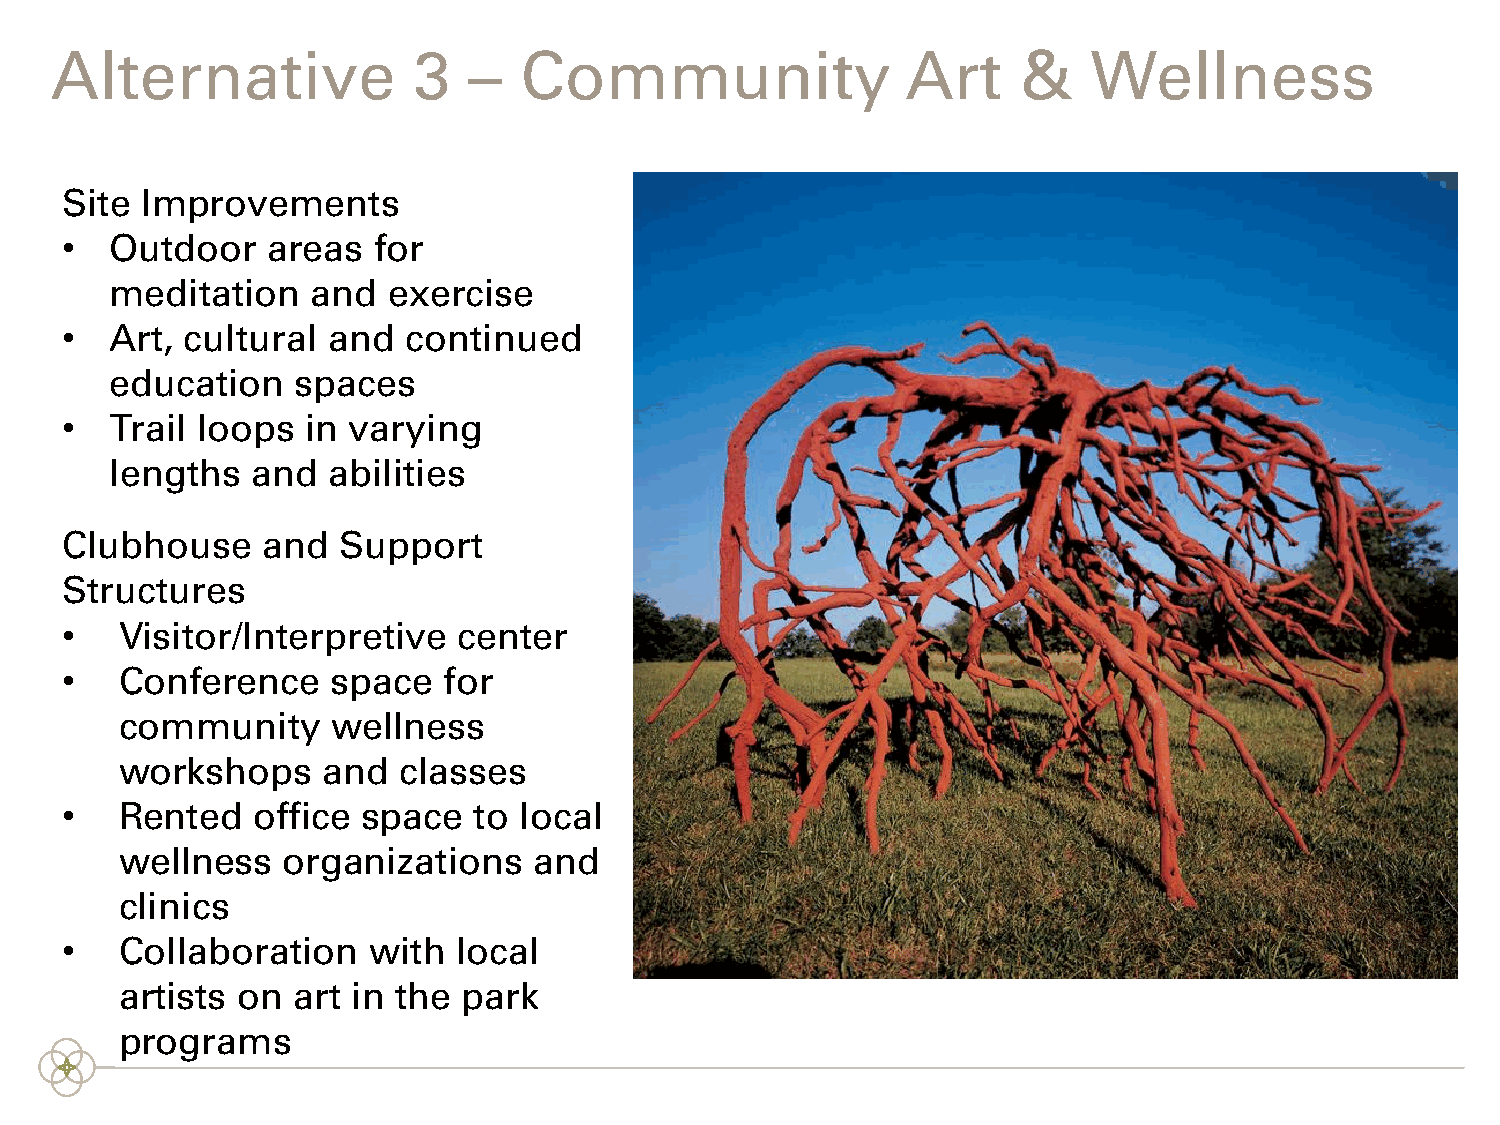
Alternative             3   –  Community                 Art     &   Wellness
 Site Improvements
 •  Outdoor    areas  for
 meditation    and  exercise
 •  Art, cultural  and  continued
 education    spaces
 •  Trail loops  in varying
 lengths   and  abilities
 Clubhouse    and  Support
 Structures
 •   Visitor/Interpretive  center
 •   Conference    space  for
 community     wellness
 workshops    and  classes
 •   Rented   office space  to local
 wellness   organizations   and
 clinics
 •   Collaboration   with  local
 artists on art in the  park
 programs